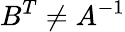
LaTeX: B^{T}\neq A^{-1}